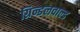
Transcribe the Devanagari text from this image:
ग्रिन्डलवाल्ड